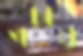
পচার